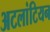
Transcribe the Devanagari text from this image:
अटलांटियन